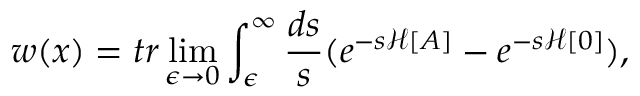
w ( x ) = t r \operatorname * { l i m } _ { \epsilon \to 0 } \int _ { \epsilon } ^ { \infty } \frac { d s } { s } ( e ^ { - s { \mathcal H } [ A ] } - e ^ { - s { \mathcal H } [ 0 ] } ) ,